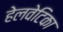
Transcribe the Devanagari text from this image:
हेलवेटिका